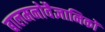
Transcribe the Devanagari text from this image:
बालमनोवैज्ञानिकों